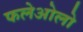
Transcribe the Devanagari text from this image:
फलेओलो